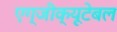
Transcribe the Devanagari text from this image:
एग्जीक्यूटेबल